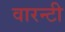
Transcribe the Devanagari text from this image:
वारन्टी